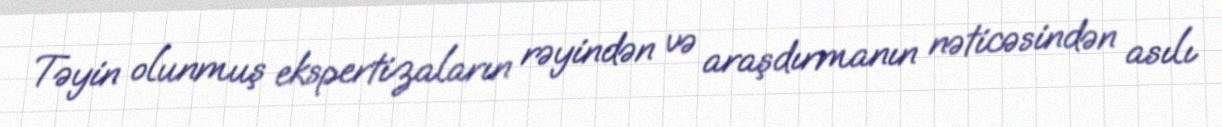
Təyin olunmuş ekspertizaların rəyindən və araşdırmanın nəticəsindən asılı